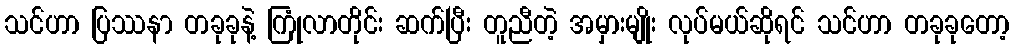
သင်ဟာ ပြဿနာ တခုခုနဲ့ ကြုံလာတိုင်း ဆက်ပြီး တူညီတဲ့ အမှားမျိုး လုပ်မယ်ဆိုရင် သင်ဟာ တခုခုတော့